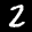
Label: 2